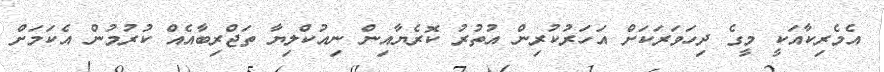
އެމެރިކާއަކީ މީގެ ދިހަވަރަކަށް އަހަރުކުރިން އުތުރު ކޮރެޔާއިން ނިއުކްލިޔާ ތަޖްރިބާއެއް ކުރުމުން އެކަމަށް